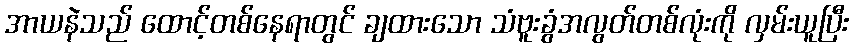
အာယနဲသည် ထောင့်တစ်နေရာတွင် ချထားသော သံဗူးခွံအလွတ်တစ်လုံးကို လှမ်းယူပြီး